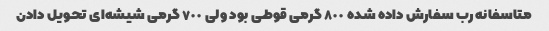
متاسفانه رب سفارش داده شده ٨٠٠ گرمی قوطی بود ولی ٧٠٠ گرمی شیشه‌ای تحویل دادن